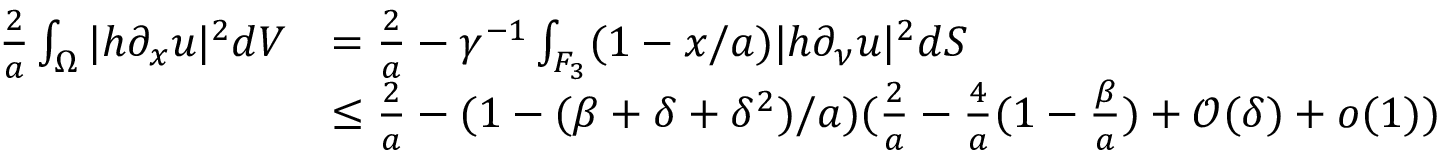
\begin{array} { r l } { \frac { 2 } { a } \int _ { \Omega } | h \partial _ { x } u | ^ { 2 } d V } & { = \frac { 2 } { a } - \gamma ^ { - 1 } \int _ { F _ { 3 } } ( 1 - x / a ) | h \partial _ { \nu } u | ^ { 2 } d S } \\ & { \leq \frac { 2 } { a } - ( 1 - ( \beta + \delta + \delta ^ { 2 } ) / a ) ( \frac { 2 } { a } - \frac { 4 } { a } ( 1 - \frac { \beta } { a } ) + { \mathcal O } ( \delta ) + o ( 1 ) ) } \end{array}